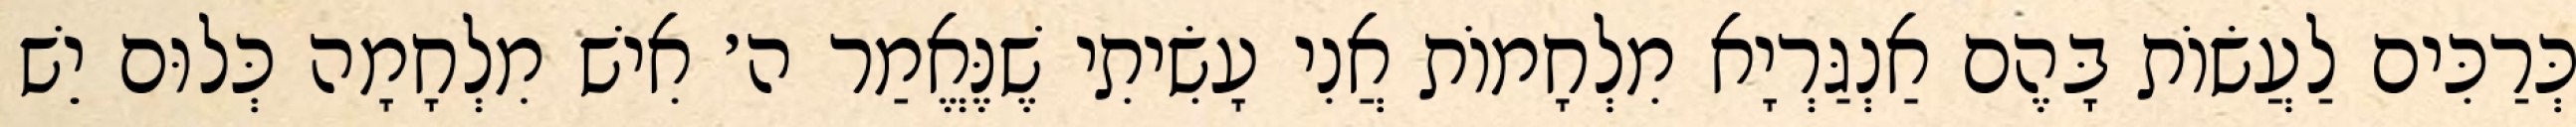
כְּרַכִּים לַעֲשׂוֹת בָּהֶם אַנְגַּרְיָא מִלְחָמוֹת אֲנִי עָשִׂיתִי שֶׁנֶּאֱמַר ה׳ אִישׁ מִלְחָמָה כְּלוּם יֵשׁ